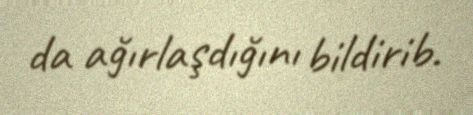
da ağırlaşdığını bildirib.